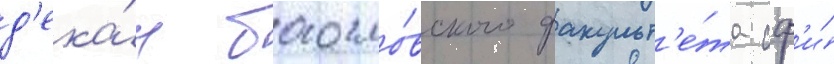
д'ека́н богосло́вского факульт'е́та сф'и́